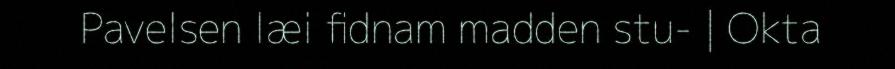
Pavelsen læi fidnam madden stu- | Okta